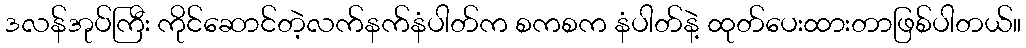
ဒလန်အုပ်ကြီး ကိုင်ဆောင်တဲ့လက်နက်နံပါတ်က စကစက နံပါတ်နဲ့ ထုတ်ပေးထားတာဖြစ်ပါတယ်။